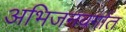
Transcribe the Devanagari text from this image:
अभिजनवर्गात